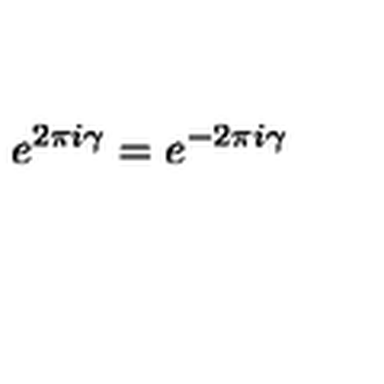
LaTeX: e ^ { 2 \pi i \gamma } = e ^ { - 2 \pi i \gamma }